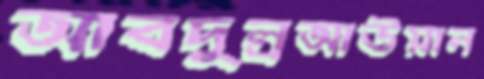
আবদুল্রআউয়াল